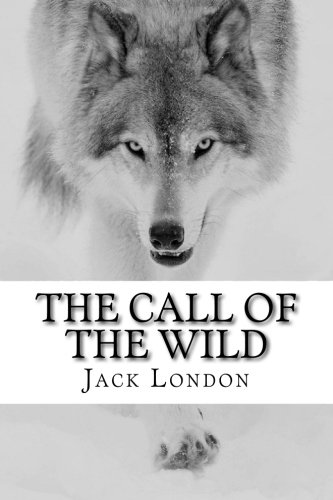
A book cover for The Call of the Wild (Global Classics); Jack London; Literature & Fiction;